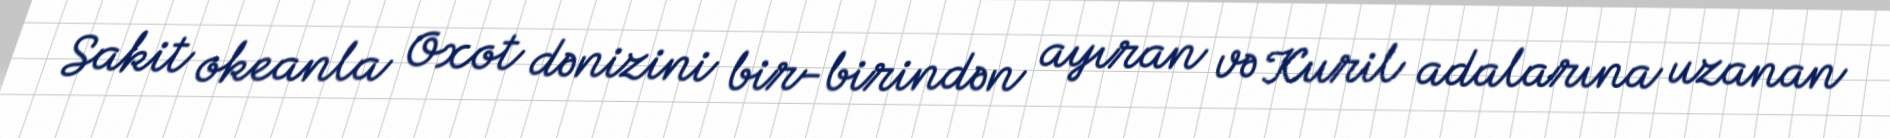
Sakit okeanla Oxot dənizini bir-birindən ayıran və Kuril adalarına uzanan